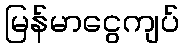
မြန်မာငွေကျပ်